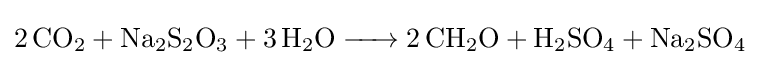
{\ce {2CO2 + Na2S2O3 + 3H2O -> 2CH2O + H2SO4 + Na2SO4}}